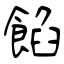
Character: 餡